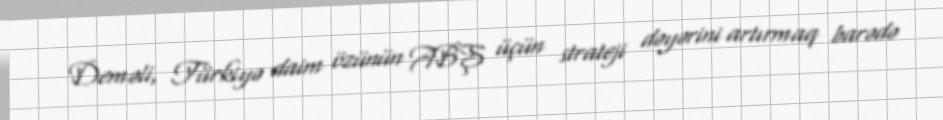
Deməli, Türkiyə daim özünün ABŞ üçün strateji dəyərini artırmaq barədə